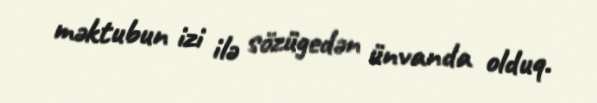
məktubun izi ilə sözügedən ünvanda olduq.